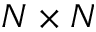
N \times N